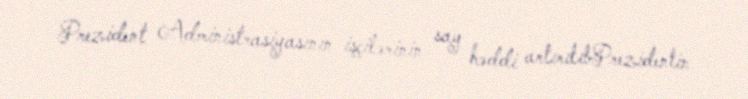
Prezident Administrasiyasının işçilərinin say həddi artırılıbPrezidentin